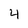
Character: 4